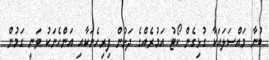
ބުނާ މައްސަލައަކާ ގުޅިގެން ކޯޓު އަމުރެއްގެ ދަށުން ފިރިހެނަކާއި އަންހެނަކު ވަނީ ގަމުން